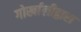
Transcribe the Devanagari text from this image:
गोर्खालीद्वारा